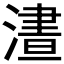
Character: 𣻱